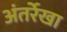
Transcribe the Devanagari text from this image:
अंतर्रेखा